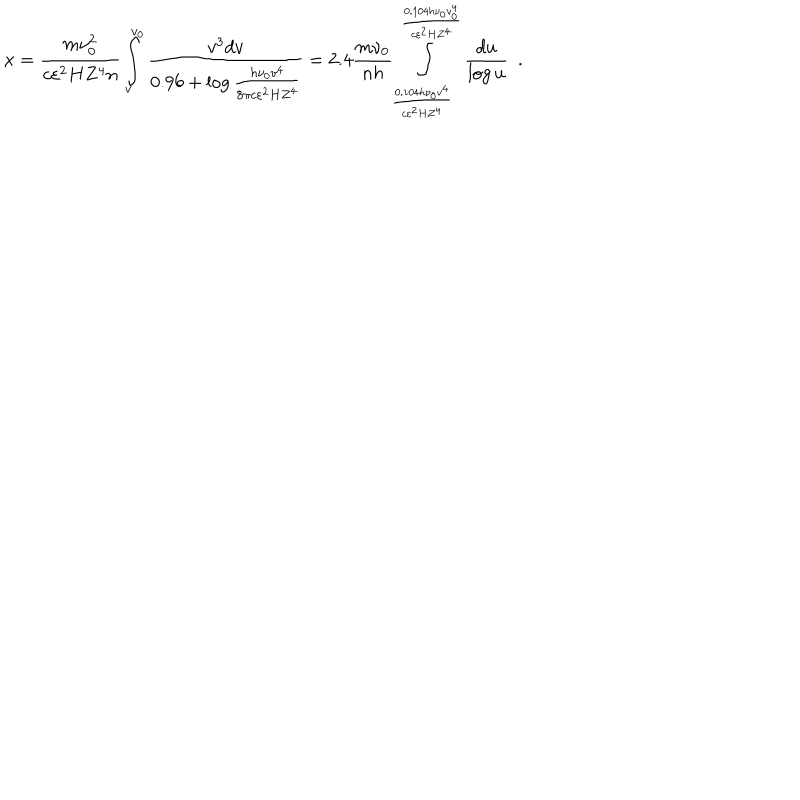
LaTeX: x = \frac { m \nu _ { 0 } ^ { 2 } } { c \varepsilon ^ { 2 } H Z ^ { 4 } n } \int _ { v } ^ { v _ { 0 } } { \frac { v ^ { 3 } d v } { 0 . 9 6 + \log \frac { h \nu _ { 0 } v ^ { 4 } } { 8 \pi c \varepsilon ^ { 2 } H Z ^ { 4 } } } } = 2 . 4 \frac { m \nu _ { 0 } } { n h } \int _ { \frac { 0 . 1 0 4 h \nu _ { 0 } v ^ { 4 } } { c \varepsilon ^ { 2 } H Z ^ { 4 } } } ^ { \frac { 0 . 1 0 4 h \nu _ { 0 } v _ { 0 } ^ { 4 } } { c \varepsilon ^ { 2 } H Z ^ { 4 } } } { \frac { d u } { \log u } } ~ ~ .